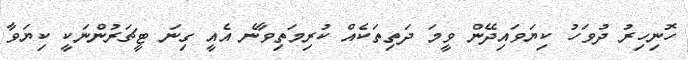
ހޮނިހިރު ދުވަހު ކިޔަވައިދޭން ވީމަ ދަތިތަކެއް ކުރިމަތިވާނެ އެއީ ގިނަ ޓީޗަރުންނަކީ ކިޔަވާ